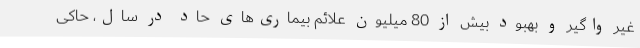
غیر واگیر و بهبود بیش از 80 میلیون علائم بیماری‌های حاد در سال، حاکی